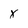
Character: x